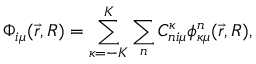
\Phi _ { i \mu } ( \vec { r } , R ) = \sum _ { \kappa = - K } ^ { K } \sum _ { n } C _ { n i \mu } ^ { \kappa } \phi _ { \kappa \mu } ^ { n } ( \vec { r } , R ) ,